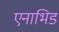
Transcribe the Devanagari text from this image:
एनाभिड